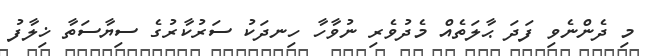
މި ދެންނެވި ފަދަ ޙާލަތެއް މެދުވެރި ނުވާހާ ހިނދަކު ސަރުކާރުގެ ސިޔާސަތާ ޚިލާފު